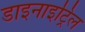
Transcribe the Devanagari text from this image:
डाइनाइट्रिल